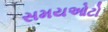
સમયઓટો